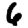
Digit: 6